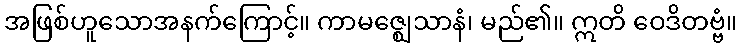
အဖြစ်ဟူသောအနက်ကြောင့်။ ကာမဇ္ဈေသာနံ၊ မည်၏။ ဣတိ ဝေဒိတဗ္ဗံ။